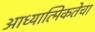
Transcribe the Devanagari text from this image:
आध्यात्मिकतेचा